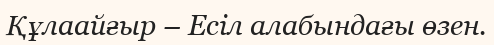
Құлаайғыр – Есіл алабындағы өзен.